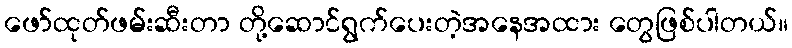
ဖော်ထုတ်ဖမ်းဆီးတာ တို့ဆောင်ရွက်ပေးတဲ့အနေအထား တွေဖြစ်ပါတယ်။